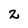
Character: 2